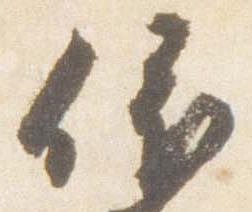
依